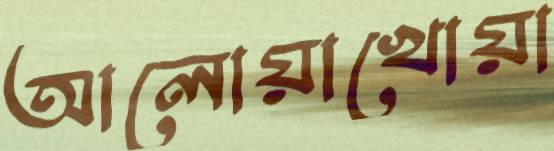
আলোয়াখোয়া